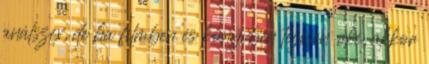
análszex, de ha filmben és könyvben teljesen oké, akkor